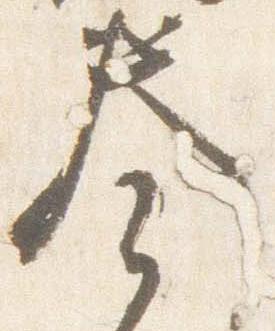
奏